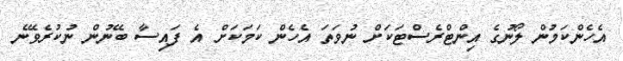
އެހެންކަމުން ލޯނުގެ އިންޓްރެސްޓަކަށް ނުވަތަ އެހެން ކަމަކަށް އެ ފައިސާ ބޭނުން ނުކުރެވޭނެ